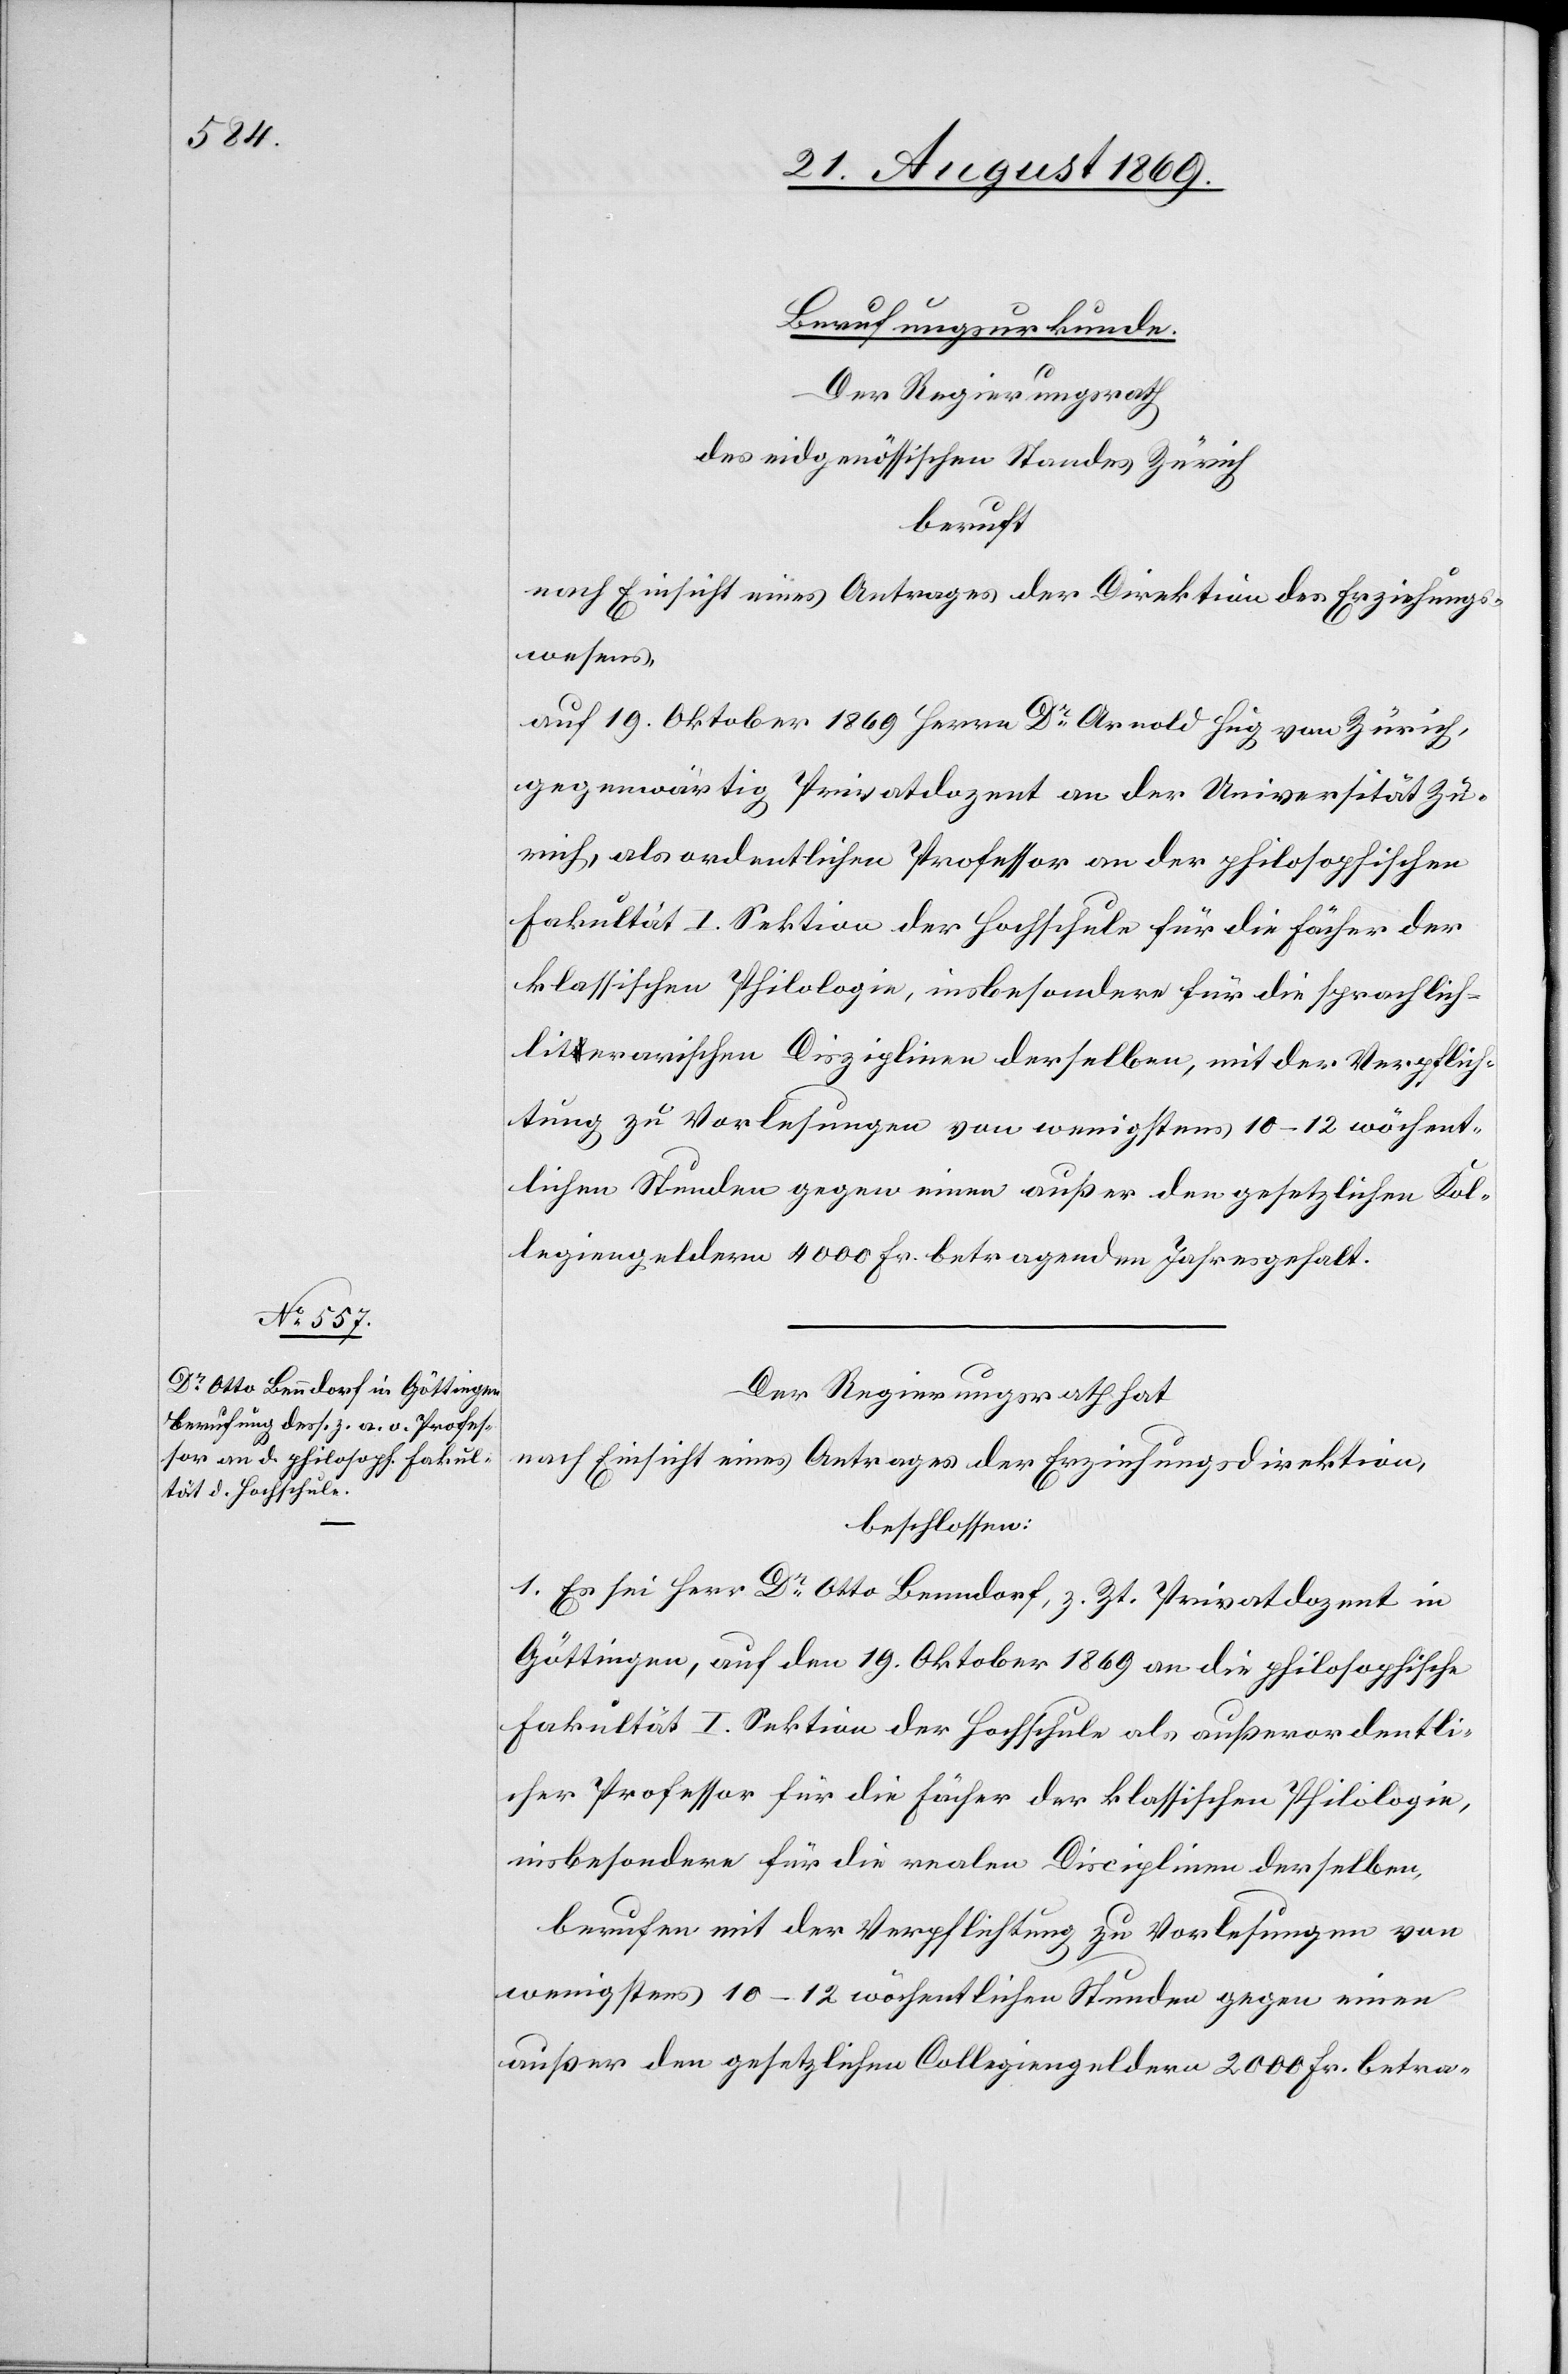
Berufungsurkunde.
Der Regierungsrath
des eidgenössischen Standes Zürich
beruft
nach Einsicht eines Antrages der Direktion des Erziehungs¬
wesens,
auf 19. Oktober 1869 Herrn Dr Arnold Hug von Zürich,
gegenwärtig Privatdozent an der Universität Zü¬
rich, als ordentlichen Professor an der philosophischen
Fakultät I. Sektion der Hochschule für die Fächer der
klassischen Philologie, insbesondere für die sprachlich-l¬
iterarischen Disziplinen derselben, mit der Verpflich¬
tung zu Vorlesungen von wenigstens 10–12 wöchent¬
lichen Stunden gegen einen außer den gesetzlichen Kol¬
legiengeldern 4000 Fr. betragenden Jahresgehalt.
Der Regierungsrath hat
nach Einsicht eines Antrages der Erziehungsdirektion,
beschlossen:
1. Es sei Herr Dr Otto Benndorf, z. Zt. Privatdozent in
Göttingen, auf den 19. Oktober 1869 an die philosophische
Fakultät I. Sektion der Hochschule als außerordentli¬
cher Professor für die Fächer der klassischen Philologie,
insbesondere für die realen Disciplinen derselben,
berufen mit der Verpflichtung zu Vorlesungen von
wenigstens 10–12 wöchentlichen Stunden gegen einen
außer den gesetzlichen Collegiengeldern 2000 Fr. betra-